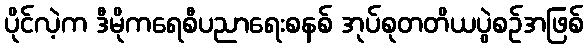
ပိုင်လဲ့က ဒီမိုကရေစီပညာရေးစနစ် အုပ်စုတတိယပွဲစဉ်အဖြစ်